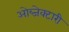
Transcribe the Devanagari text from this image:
ओब्जेक्टारी